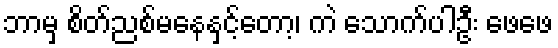
ဘာမှ စိတ်ညစ်မနေနှင့်တော့၊ ကဲ သောက်ပါဦး ဖေဖေ